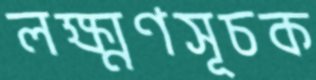
লক্ষ্মণসূচক